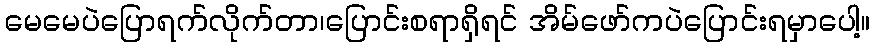
မေမေပဲပြောရက်လိုက်တာ၊ပြောင်းစရာရှိရင် အိမ်ဖော်ကပဲပြောင်းရမှာပေါ့။